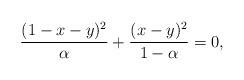
LaTeX: \begin{align*}\frac{(1-x-y)^2}{\alpha}+\frac{(x-y)^2}{1-\alpha}=0,\end{align*}